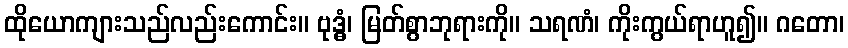
ထိုယောကျားသည်လည်းကောင်း။ ဗုဒ္ဓံ၊ မြတ်စွာဘုရားကို။ သရဏံ၊ ကိုးကွယ်ရာဟူ၍။ ဂတော၊